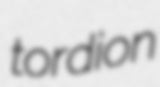
tordion